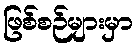
ဖြစ်စဉ်များမှာ